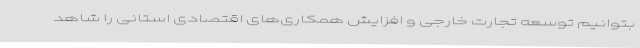
بتوانیم توسعه تجارت خارجی و افزایش همکاری‌های اقتصادی استانی را شاهد